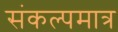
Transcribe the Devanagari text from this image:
संकल्पमात्र